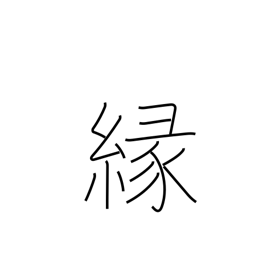
Meaning: affinity